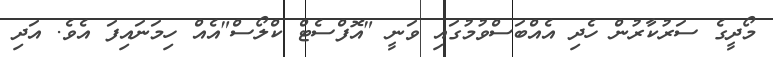
މޯދީގެ ސަރުކާރުން ހެދި އެއްބަސްވުމުގައި ވަނީ "އޮފްސެޓް ކްލޯސް"އެއް ހިމަނައިފަ އެވެ. އަދި